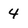
Character: 4